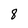
Character: 8